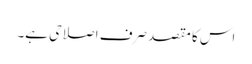
اس کا مقصد صرف اصلاحی ہے۔